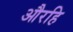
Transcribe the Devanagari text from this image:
औरहि